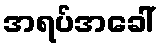
အရပ်အခေါ်